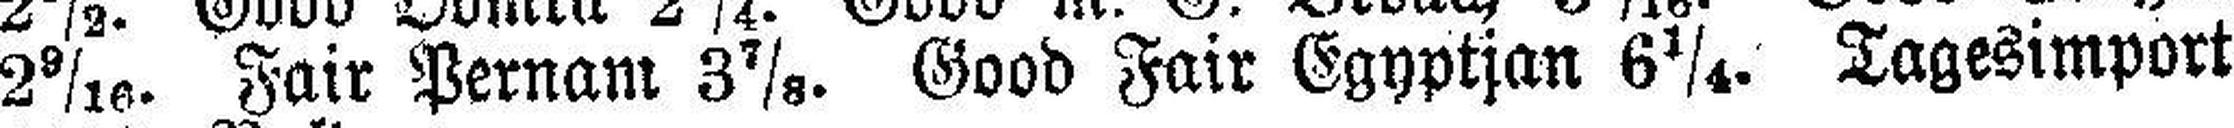
2 9/16. Fair Pernam 3 7/8. Good Fair Egyptian 6¼. Tagesimport